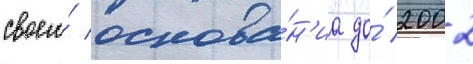
своего́ основа́н'иа до́ 2002